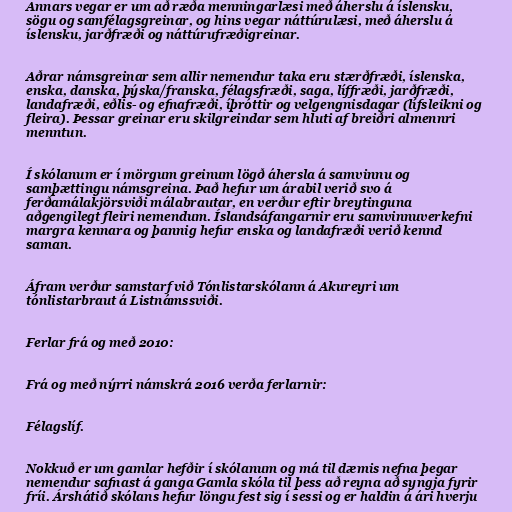
Annars vegar er um að ræða menningarlæsi með áherslu á íslensku,
sögu og samfélagsgreinar, og hins vegar náttúrulæsi, með áherslu á
íslensku, jarðfræði og náttúrufræðigreinar.

Aðrar námsgreinar sem allir nemendur taka eru stærðfræði, íslenska,
enska, danska, þýska/franska, félagsfræði, saga, líffræði, jarðfræði,
landafræði, eðlis- og efnafræði, íþróttir og velgengnisdagar (lífsleikni og
fleira). Þessar greinar eru skilgreindar sem hluti af breiðri almennri
menntun.

Í skólanum er í mörgum greinum lögð áhersla á samvinnu og
samþættingu námsgreina. Það hefur um árabil verið svo á
ferðamálakjörsviði málabrautar, en verður eftir breytinguna
aðgengilegt fleiri nemendum. Íslandsáfangarnir eru samvinnuverkefni
margra kennara og þannig hefur enska og landafræði verið kennd
saman.

Áfram verður samstarf við Tónlistarskólann á Akureyri um
tónlistarbraut á Listnámssviði.

Ferlar frá og með 2010:

Frá og með nýrri námskrá 2016 verða ferlarnir:

Félagslíf.

Nokkuð er um gamlar hefðir í skólanum og má til dæmis nefna þegar
nemendur safnast á ganga Gamla skóla til þess að reyna að syngja fyrir
fríi. Árshátið skólans hefur löngu fest sig í sessi og er haldin á ári hverju